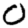
Digit: 0